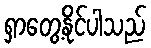
ရှာတွေ့နိုင်ပါသည်